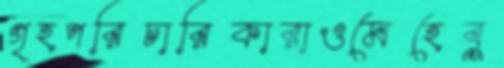
গৃহপরিচারিকারাওমেহেবু